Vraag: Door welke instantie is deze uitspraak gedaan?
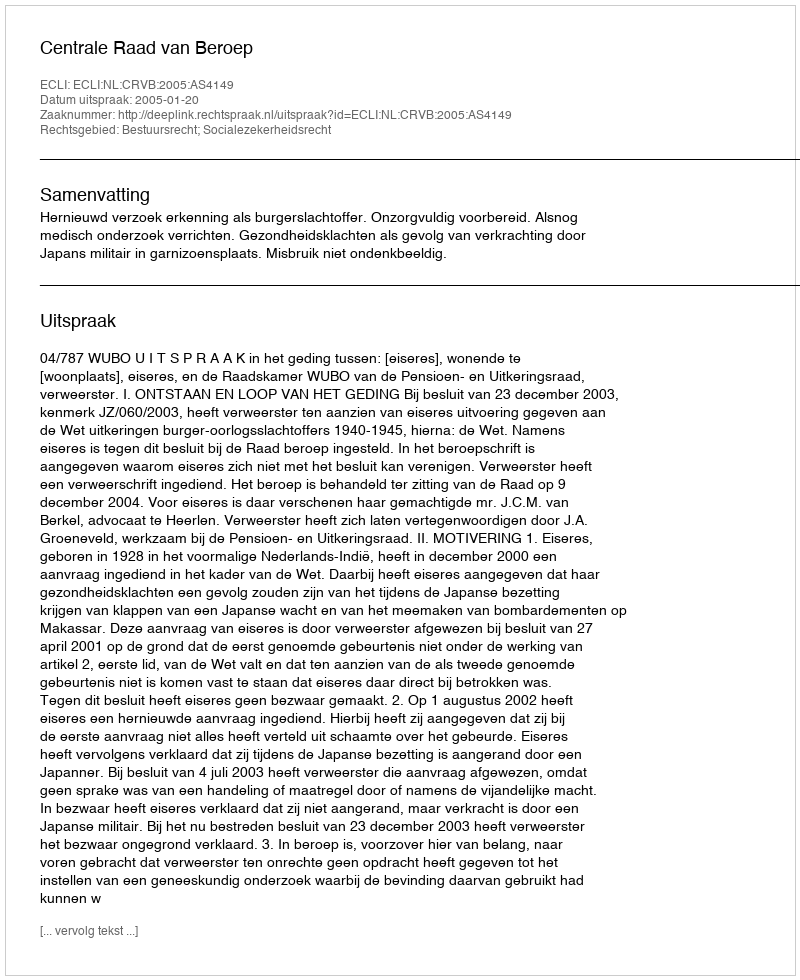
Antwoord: Centrale Raad van Beroep